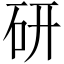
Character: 研